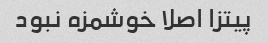
پیتزا اصلا خوشمزه نبود